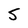
Character: S